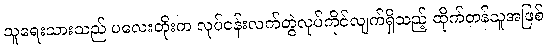
သူရေးသားသည် ပလေးတိုးက လုပ်ငန်းလက်တွဲလုပ်ကိုင်လျက်ရှိသည့် ထိုက်တန်သူအဖြစ်